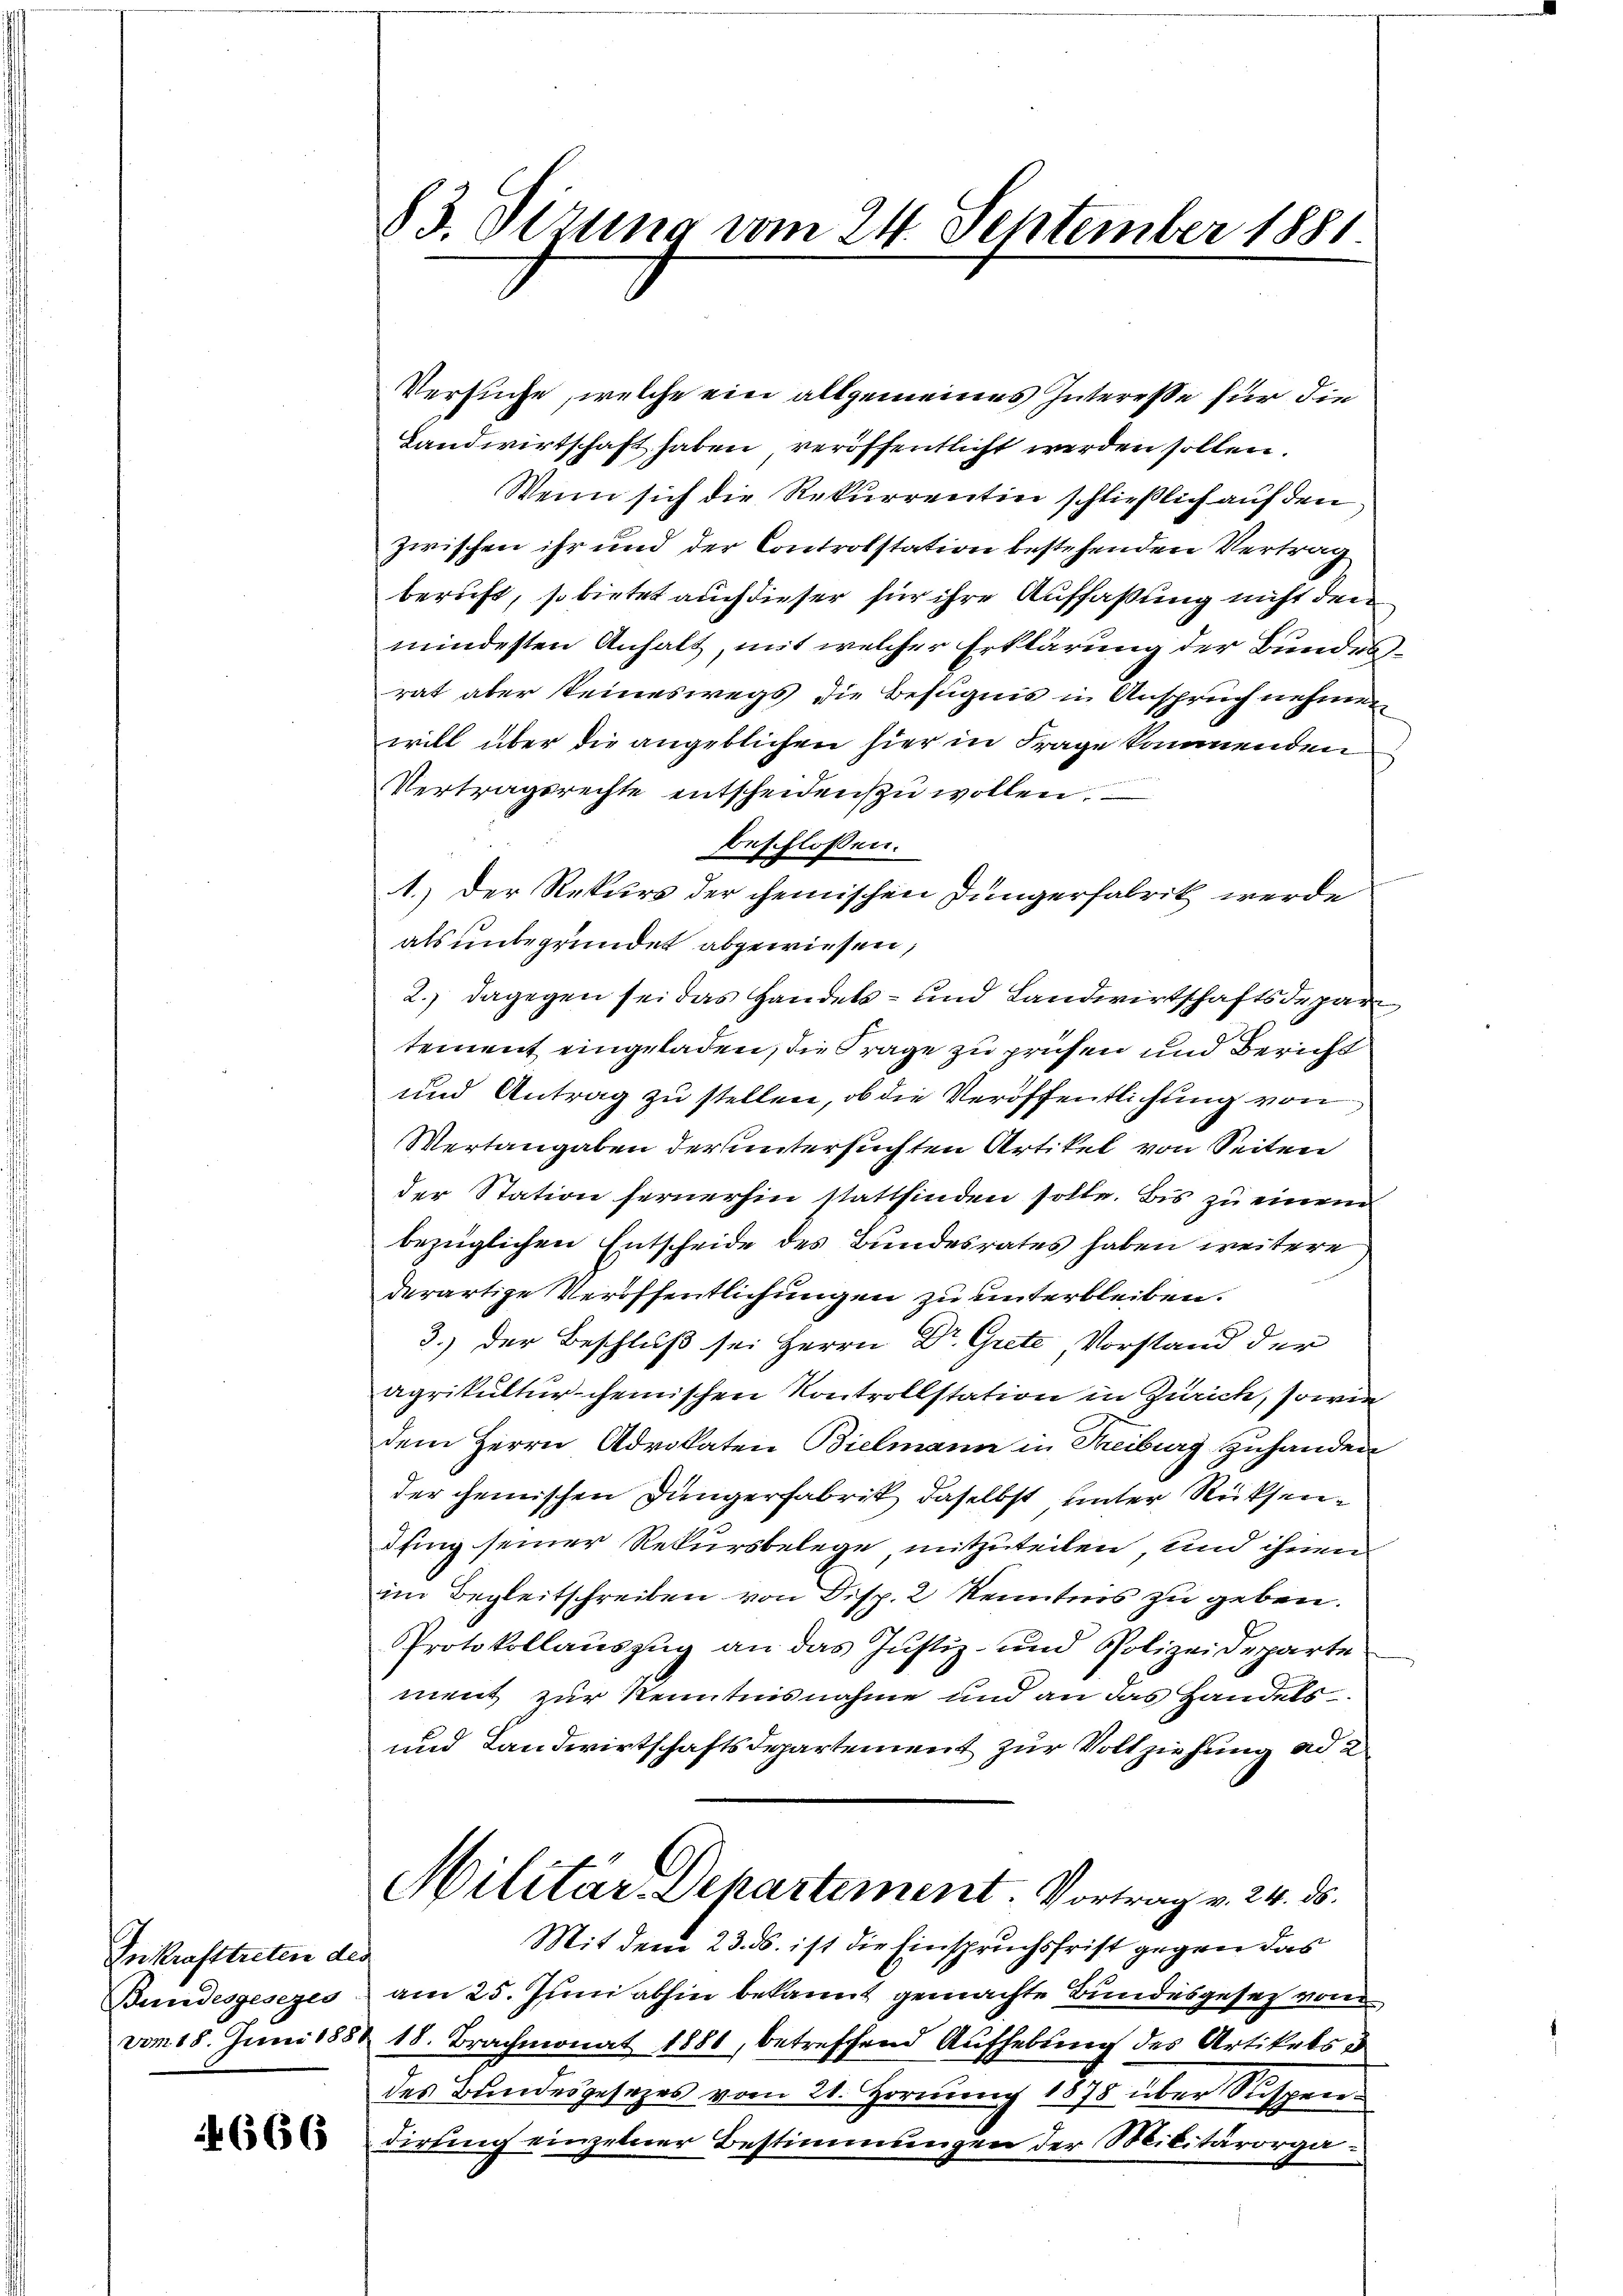
Inkrafttreten des
Bundesgesezes

666

83. Sizung vom 24. September 1881

Versuche, welche ein allgemeines Interesse für die
Landwirtschaft haben veröffentlicht werden sollen.
Wenn sich die Rekurrentin schließlich auf den
zwischen ihr und der Controlstation bestehenden Vertrag
beruft, so bietet auch dieser für ihre Auffaßung nicht den
mindesten Anhalt, mit welcher Erklärung der Bundesrat aber keineswegs die Befugnis in Anspruch nehmen
will über die angeblichen hier in Frage kommenden
Vertragsrechte entscheiden zu wollen.
beschlossen:
1.) Der Rekurs der chemischen Jungerfabrik werde
als unbegründet abgewiesen,
2.) dagegen sei das Handels- und Landwirtschaftsdepartement eingeladen, die Frage zu prüfen und Bericht
und Antrag zu stellen, ob die Veröffentlichung von
Wertangaben der untersuchten Artikel von Seiten
der Station fernerhin stattfinden solle. Bis zu einem
bezüglichen Entscheide des Bundesrates haben weitere
derartige Veröffentlichungen zu unterbleiben.
3.) Der Beschluß sei Herrn Dr. Grete, Vorstand der
agrikultur-cheinischen Kontrollstation in Zürich, sowie
dem Herrn Advokaten Bielmann in Treiburg zuhanden
der einischen Dingerfabrik daselbst unter Rücksendfing seiner Rekursbelege, mitzuteilen, und ihnen
im Begleitschreiben von Disp. 2 Kenntnis zu geben.
Protokollauszug an das Justiz- und Polizeideparte
ment zur Kenntnisnahme und an das Handels
und Landwirtschaftsdepartement zur Vollziehung ad 2
Militär-Departement. Vortrag v. 24. ds.
Mit dem 23. ds. ist die Einspruchsfrist gegen das
am 25. Juni abhin bekannt gemachte Bundesgesez von
vom 18. Juni 1888 18. Brachmonat 1881, betreffend Aufhebung des Artikels u
des Bundesgesezes vom 21. Hornung 1875 über Suspendirung einzelner Bestimmungen der Militärorga¬